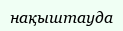
нақыштауда